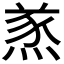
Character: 𤋌